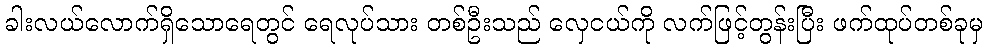
ခါးလယ်လောက်ရှိသောရေတွင် ရေလုပ်သား တစ်ဦးသည် လှေငယ်ကို လက်ဖြင့်တွန်းပြီး ဖက်ထုပ်တစ်ခုမှ